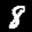
Label: 8